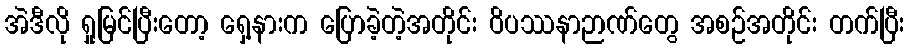
အဲဒီလို ရှုမြင်ပြီးတော့ ရှေ့နားက ပြောခဲ့တဲ့အတိုင်း ဝိပဿနာဉာဏ်တွေ အစဉ်အတိုင်း တက်ပြီး